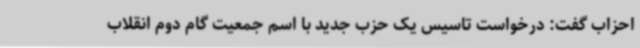
احزاب گفت: درخواست تاسیس یک حزب جدید با اسم جمعیت گام دوم انقلاب